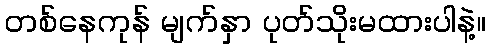
တစ်နေကုန် မျက်နှာ ပုတ်သိုးမထားပါနဲ့။